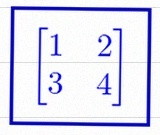
\begin{bmatrix}1&2\\3&4\end{bmatrix}